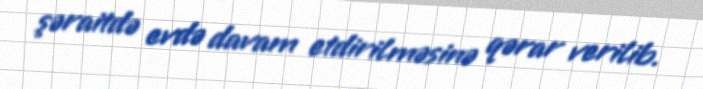
şəraitdə evdə davam etdirilməsinə qərar verilib.